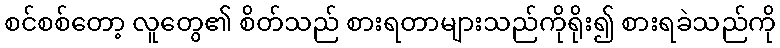
စင်စစ်တော့ လူတွေ၏ စိတ်သည် စားရတာများသည်ကိုရိုး၍ စားရခဲသည်ကို